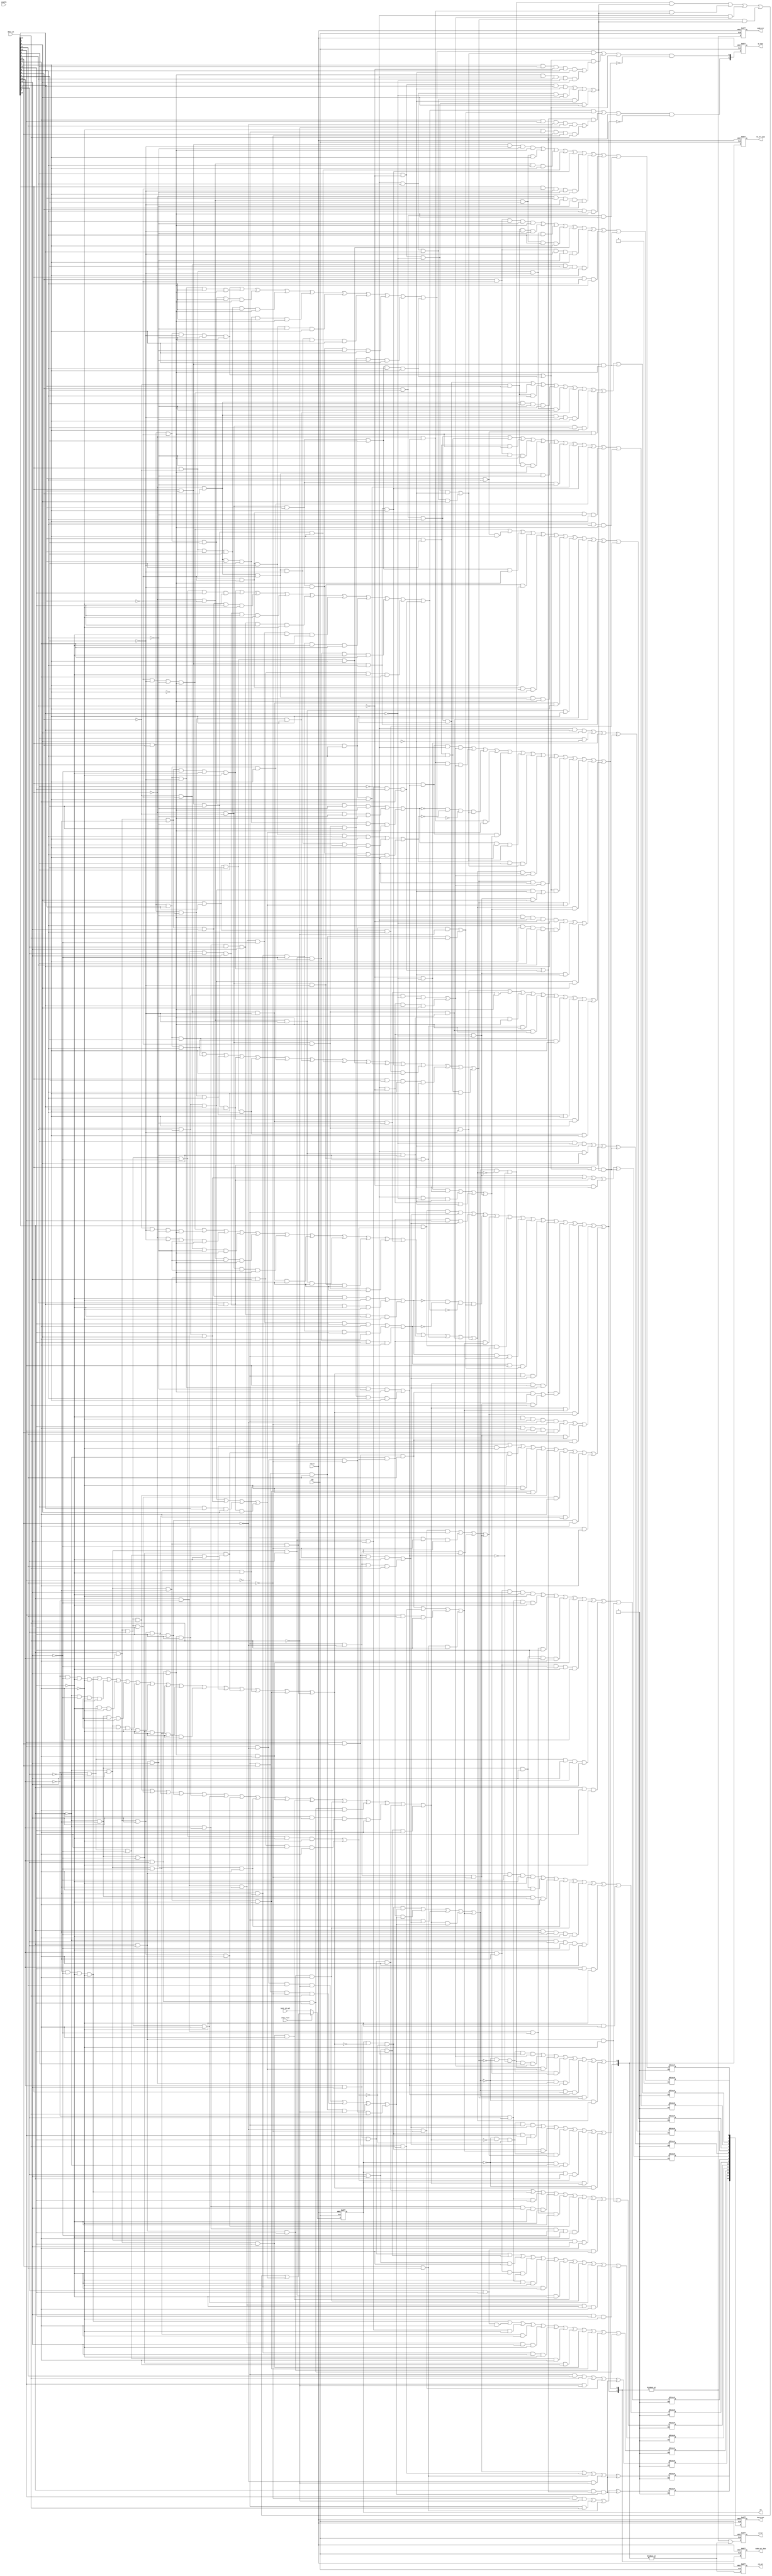
////////////////////////////////////////////////////////////////////////////////
//
//       This confidential and proprietary software may be used only
//     as authorized by a licensing agreement from Synopsys Inc.
//     In the event of publication, the following notice is applicable:
//
//                    (C) COPYRIGHT 1999 - 2012 SYNOPSYS INC.
//                           ALL RIGHTS RESERVED
//
//       The entire notice above must be reproduced on all authorized
//     copies.
//
//
// VERSION:   Verilog Synthesis Architecture
//
// DesignWare_version: 9ae6d00f
// DesignWare_release: G-2012.06-DWBB_201206.1
//
////////////////////////////////////////////////////////////////////////////////
////////////////////////////////////////////////////////////////////////////////
//
// ABSTRACT: 8b/10b Decoder
//
//              Parameters:     Valid Values
//              ==========      ============
//              bytes   	[ 1 to 16 ]
//              k28_5_only      [ 0 to 1 ] (0 = all 12 special characters decoded
//				            1 = K28.5 available only (other special characters are flagged as errors))
//              en_mode       	[ 0 to 1 ] (0 = enable input is disconnected (stalls registers)
//				            1 = enable input is connected (processes inputs based on state of enable input))
//              init_mode  	[ 0 to 1 ] (0 = init_rd_val input is registered before being applied to data in
//				            1 = init_rd_val input is not registered before being applied to data in)
//              rst_mode        [ 0 to 1 ] (0 = asynchronous reset
//                                          1 = synchronous reset)
//              op_iso_mode     [ 0 to 4 ] (0 = Follow intent defined by Power Compiler user setting
//                                          1 = no operand isolation
//                                          2 = 'and' gate isolaton
//                                          3 = 'or' gate isolation
//                                          4 = preferred isolation style: 'and' gate)
//
//              Input Ports:    Size    Description
//              ===========     ====    ===========
//	        clk 	        1 bit   Input Clock
//	        rst_n 	        1 bit   Active Low Asynchronous Reset
//	        init_rd_n       1 bit	Active Low Running Disparity initialization control
//	        init_rd_val     1 bit   Running Disparity initial value applied when init_rd_n active
//	        data_in 	T bits  Input data bus (ten bits per byte)
//	        enable	        1 bit   Active High Enable to process data_in
//
//              Output Ports    Size    Description
//              ============    ====    ===========
//	        error           1 bit 	Active High Error Flag
//	        rd 		1 bit   Current Running Disparity state
//	        k_char 	        B bits  Active High Special character status bus (one status bit per data byte)
//	        data_out 	E bits  Decoded output data bus (eight bits per byte)
//	        rd_err 	        1 bit   Active High Running Disparity Error Flag
//	        code_err 	1 bit   Active High Code violation error Flag
//	        rd_err_bus      B bits  Byte Specific Running Disparity Error Bus
//	        code_err_bus 	B bits  Byte Specific Code violation error Bus
//
//
// MODIFICATIONS:
//	8/23/04	RJK
//	Corrected interpretation of coding versus RD error
//	in separate output flags (code_err vs. rd_err)
//	STAR #9000024623
//
//	8/18/04 Doug Lee
//	Enhancement : Added init_mode paramter
//
//	8/1/05 RJK
//	Enhancement : Added byte-specific RD and code
//      error output ports (rd_err_bus & code_err_bus)
//
//	11/18/05 RJK
//	Corrected improper propagation of disparity errors
//	STAR 9000092772
//
//      2/19/08  DLL
//      Added copyright banner and 'op_iso_mode' parameter
//      to following 'lpwr' architecture.
//
//      5/19/08   RJK
//      Updated coding to eliminate 'missing signal in
//      sensitivity list` warnings
//
//      10/6/08  RJK
//      Added rst_mode parameter to select reset type
//      (STAR 9000270234)
//
//	7/6/11 RJK
//	Updates for Leda message elimination
//
//	9/22/11 DLL
//	Changed position of "k_char" in the port ordering.
//      This addresses STAR#9000493562.
//
////////////////////////////////////////////////////////////////////////////////

  module DW_8b10b_dec(
	    clk,
	    rst_n,
	    init_rd_n,
	    init_rd_val,
	    data_in,

	    error,
	    rd,
	    k_char,
	    data_out,
	    rd_err,
	    code_err,

	    enable,

	    rd_err_bus,
	    code_err_bus
	    );


    parameter bytes = 2;	// number of bytes decode per clock cycle

    parameter k28_5_only = 0;	// special character control mode

    parameter en_mode = 0;	// enable mode

    parameter init_mode = 0;	// initialization mode
    parameter rst_mode = 0;	// reset mode


    parameter op_iso_mode = 0;  // operand isolation mode

input			clk;		// clock input
input			rst_n;		// active low reset
input			init_rd_n;	// active low running disp. force control
input			init_rd_val;	// running disp. value to be forced
input  [bytes*10-1:0]	data_in;	// data to be decoded (10 bits per byte)
output			error;		// "any error" status flag
output			rd;		// current running disparity state
output [bytes-1:0]	k_char;		// special character decode status bus
output [bytes*8-1:0]	data_out;	// decoded output data (8 bits per byte)
output			rd_err;		// running displarity error status flag
output			code_err;	// code violation error status flag
input			enable;		// register enabl input (NC when en_mode = 0)
output [bytes-1:0]	rd_err_bus;	// byte specific running disparity error flag bus
output [bytes-1:0]	code_err_bus;	// byte specific code error flag bus

reg [bytes*8-1:0] data_out_int_a;
reg [bytes-1:0] k_char_int_a;
reg error_int_a, rd_int_a;
reg rd_err_int_a, code_err_int_a;
reg [bytes-1:0] rd_err_bus_int_a, code_err_bus_int_a;
reg [bytes*8-1:0] data_out_int_s;
reg [bytes-1:0] k_char_int_s;
reg error_int_s, rd_int_s;
reg rd_err_int_s, code_err_int_s;
reg [bytes-1:0] rd_err_bus_int_s, code_err_bus_int_s;
wire [bytes*8-1:0] data_out_int;
wire [bytes-1:0] k_char_int;
wire error_int, rd_int;
wire rd_err_int, code_err_int;
wire [bytes-1:0] rd_err_bus_int, code_err_bus_int;

localparam [1:0] k28_5_only_set = k28_5_only;

reg  [bytes*8-1:0] data_out_int_din;
reg  [bytes-1:0] error_code, k_char_int_din, error_rd;
reg  rd_carry;
wire error_int_din, rd_int_din;
wire rd_err_int_din, code_err_int_din;
wire enable_int;
wire rd_int_selected;



generate
  if (en_mode == 0) begin :	GEN_em_eq_0
    assign enable_int = 1'b1;
  end else begin :		GEN_em_ne_0
    assign enable_int = enable;
  end
endgenerate

generate
  if (init_mode == 0) begin :	GEN_im_eq_0
    assign rd_int_selected = rd_int;
    assign rd_int_din = (init_rd_n == 1'b1)? rd_carry : init_rd_val;
  end else begin :		GEN_im_ne_0
    assign rd_int_selected = (init_rd_n == 1'b0)? init_rd_val : rd_int;
    assign rd_int_din = rd_carry;
  end
endgenerate


    assign data_out = data_out_int;
    assign k_char   = k_char_int;
    assign rd       = rd_int;
    assign error    = error_int;
    assign rd_err   = rd_err_int;
    assign code_err = code_err_int;
    assign rd_err_bus   = rd_err_bus_int;
    assign code_err_bus = code_err_bus_int;

    assign data_out_int = (rst_mode==0)? data_out_int_a : data_out_int_s;
    assign k_char_int   = (rst_mode==0)? k_char_int_a : k_char_int_s;
    assign rd_int       = (rst_mode==0)? rd_int_a : rd_int_s;
    assign error_int    = (rst_mode==0)? error_int_a : error_int_s;
    assign rd_err_int   = (rst_mode==0)? rd_err_int_a : rd_err_int_s;
    assign code_err_int = (rst_mode==0)? code_err_int_a : code_err_int_s;
    assign rd_err_bus_int   = (rst_mode==0)? rd_err_bus_int_a : rd_err_bus_int_s;
    assign code_err_bus_int = (rst_mode==0)? code_err_bus_int_a : code_err_bus_int_s;


    always @ (data_in or rd_int_selected) begin : PROC_decode
	integer byte_id, in_bit_base, out_bit_base, pre_bit_base;
	reg  [bytes-1:0] pt_1, pt_2, pt_3, pt_4, pt_5, pt_6, pt_7, pt_8, pt_9;
	reg  [bytes-1:0] pt_10, pt_11, pt_12, pt_13, pt_14, pt_15, pt_16, pt_17, pt_18, pt_19;
	reg  [bytes-1:0] pt_20, pt_21, pt_22, pt_23, pt_24, pt_25, pt_26, pt_27, pt_28, pt_29;
	reg  [bytes-1:0] pt_30, pt_31, pt_32, pt_33, pt_34, pt_35, pt_36, pt_37, pt_38, pt_39;
	reg  [bytes-1:0] pt_40, pt_41, pt_42, pt_43, pt_44, pt_45, pt_46, pt_47, pt_48, pt_49;
	reg  [bytes-1:0] pt_50, pt_51, pt_52, pt_53, pt_54, pt_55, pt_56, pt_57, pt_58, pt_59;
	reg  [bytes-1:0] pt_60, pt_61, pt_62, pt_63, pt_64, pt_65, pt_66, pt_67, pt_68, pt_69;
	reg  [bytes-1:0] pt_70, pt_71, pt_72, pt_73, pt_74, pt_75, pt_76, pt_77, pt_78, pt_79;
	reg  [bytes-1:0] pt_80, pt_81, pt_82, pt_83, pt_84, pt_85, pt_86, pt_87, pt_88, pt_89;
	reg  [bytes-1:0] pt_90, pt_91, pt_92, pt_93, pt_94, pt_95, pt_96, pt_97, pt_98, pt_99;
	reg  [bytes-1:0] pt_100, pt_101, pt_102, pt_103, pt_104, pt_105, pt_106, pt_107, pt_108, pt_109;
	reg  [bytes-1:0] pt_110, pt_111, pt_112, pt_113, pt_114, pt_115, pt_116, pt_117, pt_118, pt_119;
	reg  [bytes-1:0] pt_120, pt_121, pt_122, pt_123, pt_124, pt_125, pt_126, pt_127, pt_128, pt_129;
	reg  [bytes-1:0] pt_130, pt_131, pt_132, pt_133, pt_134, pt_135, pt_136, pt_137, pt_138, pt_139;
	reg  [bytes-1:0] pt_140, pt_141, pt_142, pt_143, pt_144, pt_145, pt_146, pt_147, pt_148, pt_149;
	reg  [bytes-1:0] pt_150, pt_151, pt_152, pt_153, pt_154, pt_155, pt_156, pt_157, pt_158, pt_159;
	reg  [bytes-1:0] pt_160, pt_161, pt_162;
	reg  [bytes*3-1:0] datpreout;
	reg  [bytes-1:0] alw_kx_7, d111314, d171820;
	reg  [bytes-1:0] dx_7, error_hi, error_lo, invert_567, invrt_if_k28;
	reg  [bytes-1:0] k28_x, kx_5, kx_7, lo_f_bal_hi, lo_f_bal_lo;
	reg  [bytes-1:0] unbal_hi_0, unbal_hi_1, unbal_lo_0, unbal_lo_1;
	reg  [bytes:0] rd_thread;

	rd_thread[0] = rd_int_selected;

	for (byte_id=0; byte_id < bytes ; byte_id=byte_id+1) begin
	    in_bit_base = (10*(bytes-1-byte_id));
	    pre_bit_base = (3*(bytes-1-byte_id));
	    out_bit_base = (8*(bytes-1-byte_id));




	
	    pt_1[byte_id] = ( ~data_in[in_bit_base+3] & data_in[in_bit_base+1] & data_in[in_bit_base+0]);
	    pt_2[byte_id] = ( data_in[in_bit_base+3] & ~data_in[in_bit_base+0]);
	    pt_3[byte_id] = ( ~data_in[in_bit_base+2] & ~data_in[in_bit_base+1]);
	    pt_4[byte_id] = ( data_in[in_bit_base+3] & ~data_in[in_bit_base+1] & ~data_in[in_bit_base+0]);
	    pt_5[byte_id] = ( ~data_in[in_bit_base+3] & data_in[in_bit_base+0]);
	    pt_6[byte_id] = ( data_in[in_bit_base+2] & data_in[in_bit_base+1]);
	    pt_7[byte_id] = ( ~data_in[in_bit_base+3] & ~data_in[in_bit_base+2] & ~data_in[in_bit_base+1]);
	    pt_8[byte_id] = ( data_in[in_bit_base+3] & data_in[in_bit_base+2] & data_in[in_bit_base+0]);
	    pt_9[byte_id] = ( ~data_in[in_bit_base+2] & ~data_in[in_bit_base+0]);
	    pt_10[byte_id] = ( ~data_in[in_bit_base+2] & ~data_in[in_bit_base+1] & ~data_in[in_bit_base+0]);
	    pt_11[byte_id] = ( ~data_in[in_bit_base+3] & ~data_in[in_bit_base+1] & ~data_in[in_bit_base+0]);
	    pt_12[byte_id] = ( ~data_in[in_bit_base+3] & ~data_in[in_bit_base+2] & ~data_in[in_bit_base+0]);
	    pt_13[byte_id] = ( data_in[in_bit_base+3] & data_in[in_bit_base+2] & data_in[in_bit_base+1]);
	    pt_14[byte_id] = ( data_in[in_bit_base+3] & data_in[in_bit_base+1] & data_in[in_bit_base+0]);
	    pt_15[byte_id] = ( data_in[in_bit_base+2] & data_in[in_bit_base+1] & data_in[in_bit_base+0]);
	    pt_16[byte_id] = ( data_in[in_bit_base+3] & data_in[in_bit_base+2] & ~data_in[in_bit_base+1] & ~data_in[in_bit_base+0]);
	    pt_17[byte_id] = ( ~data_in[in_bit_base+3] & ~data_in[in_bit_base+2] & data_in[in_bit_base+1] & data_in[in_bit_base+0]);
	    pt_18[byte_id] = ( data_in[in_bit_base+3] & ~data_in[in_bit_base+2] & data_in[in_bit_base+1] & ~data_in[in_bit_base+0]);
	    pt_19[byte_id] = ( ~data_in[in_bit_base+3] & data_in[in_bit_base+2] & ~data_in[in_bit_base+1] & data_in[in_bit_base+0]);
	    pt_20[byte_id] = ( ~data_in[in_bit_base+3] & data_in[in_bit_base+2] & data_in[in_bit_base+1] & ~data_in[in_bit_base+0]);
	    pt_21[byte_id] = ( data_in[in_bit_base+3] & ~data_in[in_bit_base+2] & ~data_in[in_bit_base+1] & data_in[in_bit_base+0]);
	    pt_22[byte_id] = ( data_in[in_bit_base+4] & data_in[in_bit_base+3] & ~data_in[in_bit_base+2] & data_in[in_bit_base+1] & ~data_in[in_bit_base+0]);
	    pt_23[byte_id] = ( ~data_in[in_bit_base+4] & ~data_in[in_bit_base+3] & data_in[in_bit_base+2] & ~data_in[in_bit_base+1] & data_in[in_bit_base+0]);
	    pt_24[byte_id] = ( data_in[in_bit_base+3] & ~data_in[in_bit_base+2] & ~data_in[in_bit_base+1] & ~data_in[in_bit_base+0]);
	    pt_25[byte_id] = ( ~data_in[in_bit_base+3] & data_in[in_bit_base+2] & data_in[in_bit_base+1] & data_in[in_bit_base+0]);
	    pt_26[byte_id] = ( data_in[in_bit_base+3] & data_in[in_bit_base+2] & data_in[in_bit_base+1] & ~data_in[in_bit_base+0]);
	    pt_27[byte_id] = ( ~data_in[in_bit_base+3] & ~data_in[in_bit_base+2] & ~data_in[in_bit_base+1] & data_in[in_bit_base+0]);
	    pt_28[byte_id] = ( ~data_in[in_bit_base+5] & ~data_in[in_bit_base+4] & ~data_in[in_bit_base+3] & ~data_in[in_bit_base+2] & ~data_in[in_bit_base+1]);
	    pt_29[byte_id] = ( data_in[in_bit_base+5] & data_in[in_bit_base+4] & data_in[in_bit_base+3] & data_in[in_bit_base+2] & data_in[in_bit_base+1]);
	    pt_30[byte_id] = ( ~data_in[in_bit_base+3] & ~data_in[in_bit_base+2] & ~data_in[in_bit_base+1] & ~data_in[in_bit_base+0]);
	    pt_31[byte_id] = ( data_in[in_bit_base+3] & data_in[in_bit_base+2] & data_in[in_bit_base+1] & data_in[in_bit_base+0]);


	    datpreout[pre_bit_base+0] = pt_1[byte_id] | pt_2[byte_id] | pt_3[byte_id];

	    datpreout[pre_bit_base+1] = pt_4[byte_id] | pt_5[byte_id] | pt_6[byte_id];

	    datpreout[pre_bit_base+2] = pt_7[byte_id] | pt_8[byte_id] | pt_6[byte_id] | pt_9[byte_id];

	    unbal_lo_0[byte_id] = pt_10[byte_id] | pt_11[byte_id] | pt_12[byte_id] | pt_7[byte_id];

	    unbal_lo_1[byte_id] = pt_13[byte_id] | pt_8[byte_id] | pt_14[byte_id] | pt_15[byte_id];

	    lo_f_bal_lo[byte_id] = pt_16[byte_id] | pt_17[byte_id];

	    invrt_if_k28[byte_id] = pt_18[byte_id] | pt_19[byte_id] | pt_20[byte_id] | pt_21[byte_id];

	    kx_5[byte_id] = pt_22[byte_id] | pt_23[byte_id];

	    kx_7[byte_id] = pt_24[byte_id] | pt_25[byte_id];

	    dx_7[byte_id] = pt_26[byte_id] | pt_27[byte_id];

	    error_lo[byte_id] = pt_28[byte_id] | pt_29[byte_id] | pt_30[byte_id] | pt_31[byte_id];





	    pt_32[byte_id] = ( data_in[in_bit_base+8] & ~data_in[in_bit_base+7] & data_in[in_bit_base+6] & ~data_in[in_bit_base+5] & ~data_in[in_bit_base+4]);
	    pt_33[byte_id] = ( ~data_in[in_bit_base+8] & data_in[in_bit_base+7] & ~data_in[in_bit_base+6] & ~data_in[in_bit_base+5]);
	    pt_34[byte_id] = ( data_in[in_bit_base+9] & ~data_in[in_bit_base+8] & ~data_in[in_bit_base+6] & data_in[in_bit_base+5]);
	    pt_35[byte_id] = ( ~data_in[in_bit_base+9] & ~data_in[in_bit_base+7] & data_in[in_bit_base+6] & data_in[in_bit_base+5] & data_in[in_bit_base+4]);
	    pt_36[byte_id] = ( data_in[in_bit_base+8] & data_in[in_bit_base+7] & data_in[in_bit_base+6] & data_in[in_bit_base+4]);
	    pt_37[byte_id] = ( data_in[in_bit_base+8] & ~data_in[in_bit_base+7] & ~data_in[in_bit_base+6] & ~data_in[in_bit_base+5] & data_in[in_bit_base+4]);
	    pt_38[byte_id] = ( ~data_in[in_bit_base+8] & ~data_in[in_bit_base+7] & data_in[in_bit_base+6] & ~data_in[in_bit_base+5] & data_in[in_bit_base+4]);
	    pt_39[byte_id] = ( data_in[in_bit_base+9] & data_in[in_bit_base+5] & ~data_in[in_bit_base+4]);
	    pt_40[byte_id] = ( data_in[in_bit_base+9] & data_in[in_bit_base+7] & ~data_in[in_bit_base+4]);
	    pt_41[byte_id] = ( data_in[in_bit_base+9] & data_in[in_bit_base+7] & ~data_in[in_bit_base+6] & ~data_in[in_bit_base+5] & ~data_in[in_bit_base+4]);
	    pt_42[byte_id] = ( ~data_in[in_bit_base+9] & ~data_in[in_bit_base+7] & data_in[in_bit_base+6] & data_in[in_bit_base+4]);
	    pt_43[byte_id] = ( ~data_in[in_bit_base+9] & ~data_in[in_bit_base+7] & data_in[in_bit_base+5] & data_in[in_bit_base+4]);
	    pt_44[byte_id] = ( data_in[in_bit_base+9] & data_in[in_bit_base+7] & data_in[in_bit_base+6] & data_in[in_bit_base+4]);
	    pt_45[byte_id] = ( data_in[in_bit_base+9] & data_in[in_bit_base+7] & data_in[in_bit_base+5] & data_in[in_bit_base+4]);
	    pt_46[byte_id] = ( data_in[in_bit_base+9] & ~data_in[in_bit_base+7] & ~data_in[in_bit_base+6] & ~data_in[in_bit_base+5] & data_in[in_bit_base+4]);
	    pt_47[byte_id] = ( ~data_in[in_bit_base+9] & data_in[in_bit_base+7] & ~data_in[in_bit_base+6] & ~data_in[in_bit_base+5] & data_in[in_bit_base+4]);
	    pt_48[byte_id] = ( data_in[in_bit_base+8] & data_in[in_bit_base+5] & ~data_in[in_bit_base+4]);
	    pt_49[byte_id] = ( data_in[in_bit_base+8] & data_in[in_bit_base+6] & ~data_in[in_bit_base+4]);
	    pt_50[byte_id] = ( data_in[in_bit_base+8] & data_in[in_bit_base+6] & data_in[in_bit_base+5] & data_in[in_bit_base+4]);
	    pt_51[byte_id] = ( ~data_in[in_bit_base+7] & ~data_in[in_bit_base+6] & ~data_in[in_bit_base+5] & ~data_in[in_bit_base+4]);
	    pt_52[byte_id] = ( ~data_in[in_bit_base+8] & data_in[in_bit_base+7] & data_in[in_bit_base+5]);
	    pt_53[byte_id] = ( ~data_in[in_bit_base+9] & data_in[in_bit_base+8] & data_in[in_bit_base+6] & ~data_in[in_bit_base+5] & ~data_in[in_bit_base+4]);
	    pt_54[byte_id] = ( data_in[in_bit_base+9] & ~data_in[in_bit_base+8] & ~data_in[in_bit_base+6] & ~data_in[in_bit_base+5]);
	    pt_55[byte_id] = ( data_in[in_bit_base+9] & data_in[in_bit_base+8] & data_in[in_bit_base+6] & data_in[in_bit_base+4]);
	    pt_56[byte_id] = ( ~data_in[in_bit_base+9] & data_in[in_bit_base+8] & ~data_in[in_bit_base+6] & ~data_in[in_bit_base+5] & data_in[in_bit_base+4]);
	    pt_57[byte_id] = ( ~data_in[in_bit_base+9] & ~data_in[in_bit_base+8] & data_in[in_bit_base+6] & data_in[in_bit_base+4]);
	    pt_58[byte_id] = ( data_in[in_bit_base+7] & data_in[in_bit_base+5] & ~data_in[in_bit_base+4]);
	    pt_59[byte_id] = ( data_in[in_bit_base+8] & data_in[in_bit_base+6] & data_in[in_bit_base+5]);
	    pt_60[byte_id] = ( data_in[in_bit_base+7] & data_in[in_bit_base+6] & data_in[in_bit_base+5]);
	    pt_61[byte_id] = ( data_in[in_bit_base+7] & data_in[in_bit_base+6] & ~data_in[in_bit_base+4]);
	    pt_62[byte_id] = ( data_in[in_bit_base+8] & ~data_in[in_bit_base+7] & ~data_in[in_bit_base+5] & ~data_in[in_bit_base+4]);
	    pt_63[byte_id] = ( ~data_in[in_bit_base+8] & data_in[in_bit_base+7] & ~data_in[in_bit_base+5] & ~data_in[in_bit_base+4]);
	    pt_64[byte_id] = ( ~data_in[in_bit_base+9] & data_in[in_bit_base+8] & ~data_in[in_bit_base+7] & ~data_in[in_bit_base+5]);
	    pt_65[byte_id] = ( ~data_in[in_bit_base+9] & ~data_in[in_bit_base+8] & data_in[in_bit_base+7] & ~data_in[in_bit_base+5]);
	    pt_66[byte_id] = ( data_in[in_bit_base+9] & data_in[in_bit_base+8] & data_in[in_bit_base+5] & data_in[in_bit_base+4]);
	    pt_67[byte_id] = ( data_in[in_bit_base+9] & data_in[in_bit_base+8] & data_in[in_bit_base+7] & data_in[in_bit_base+4]);
	    pt_68[byte_id] = ( data_in[in_bit_base+9] & ~data_in[in_bit_base+8] & ~data_in[in_bit_base+7] & ~data_in[in_bit_base+5] & data_in[in_bit_base+4]);
	    pt_69[byte_id] = ( data_in[in_bit_base+6] & data_in[in_bit_base+5] & ~data_in[in_bit_base+4]);
	    pt_70[byte_id] = ( data_in[in_bit_base+7] & data_in[in_bit_base+5] & data_in[in_bit_base+4]);
	    pt_71[byte_id] = ( ~data_in[in_bit_base+9] & ~data_in[in_bit_base+8] & data_in[in_bit_base+7] & data_in[in_bit_base+6] & ~data_in[in_bit_base+4]);
	    pt_72[byte_id] = ( ~data_in[in_bit_base+9] & ~data_in[in_bit_base+8] & ~data_in[in_bit_base+6] & data_in[in_bit_base+4]);
	    pt_73[byte_id] = ( data_in[in_bit_base+9] & ~data_in[in_bit_base+8] & ~data_in[in_bit_base+7] & data_in[in_bit_base+6] & ~data_in[in_bit_base+4]);
	    pt_74[byte_id] = ( ~data_in[in_bit_base+9] & data_in[in_bit_base+8] & ~data_in[in_bit_base+7] & data_in[in_bit_base+6] & ~data_in[in_bit_base+4]);
	    pt_75[byte_id] = ( ~data_in[in_bit_base+8] & ~data_in[in_bit_base+7] & ~data_in[in_bit_base+6] & data_in[in_bit_base+4]);
	    pt_76[byte_id] = ( ~data_in[in_bit_base+9] & ~data_in[in_bit_base+7] & ~data_in[in_bit_base+6] & data_in[in_bit_base+4]);
	    pt_77[byte_id] = ( data_in[in_bit_base+9] & data_in[in_bit_base+8] & data_in[in_bit_base+5]);
	    pt_78[byte_id] = ( ~data_in[in_bit_base+9] & ~data_in[in_bit_base+8] & ~data_in[in_bit_base+7] & ~data_in[in_bit_base+5]);
	    pt_79[byte_id] = ( data_in[in_bit_base+9] & data_in[in_bit_base+7] & data_in[in_bit_base+5]);
	    pt_80[byte_id] = ( data_in[in_bit_base+8] & data_in[in_bit_base+7] & data_in[in_bit_base+5]);
	    pt_81[byte_id] = ( ~data_in[in_bit_base+8] & ~data_in[in_bit_base+6] & ~data_in[in_bit_base+5] & ~data_in[in_bit_base+4]);
	    pt_82[byte_id] = ( ~data_in[in_bit_base+9] & ~data_in[in_bit_base+6] & ~data_in[in_bit_base+5] & ~data_in[in_bit_base+4]);
	    pt_83[byte_id] = ( ~data_in[in_bit_base+8] & ~data_in[in_bit_base+7] & ~data_in[in_bit_base+5] & ~data_in[in_bit_base+4]);
	    pt_84[byte_id] = ( ~data_in[in_bit_base+9] & ~data_in[in_bit_base+7] & ~data_in[in_bit_base+5] & ~data_in[in_bit_base+4]);
	    pt_85[byte_id] = ( ~data_in[in_bit_base+9] & ~data_in[in_bit_base+8] & ~data_in[in_bit_base+5] & ~data_in[in_bit_base+4]);
	    pt_86[byte_id] = ( ~data_in[in_bit_base+8] & ~data_in[in_bit_base+7] & ~data_in[in_bit_base+6] & ~data_in[in_bit_base+4]);
	    pt_87[byte_id] = ( ~data_in[in_bit_base+9] & ~data_in[in_bit_base+7] & ~data_in[in_bit_base+6] & ~data_in[in_bit_base+4]);
	    pt_88[byte_id] = ( ~data_in[in_bit_base+9] & ~data_in[in_bit_base+8] & ~data_in[in_bit_base+6] & ~data_in[in_bit_base+4]);
	    pt_89[byte_id] = ( ~data_in[in_bit_base+9] & ~data_in[in_bit_base+8] & ~data_in[in_bit_base+7] & ~data_in[in_bit_base+4]);
	    pt_90[byte_id] = ( ~data_in[in_bit_base+8] & ~data_in[in_bit_base+7] & ~data_in[in_bit_base+6] & ~data_in[in_bit_base+5]);
	    pt_91[byte_id] = ( ~data_in[in_bit_base+9] & ~data_in[in_bit_base+7] & ~data_in[in_bit_base+6] & ~data_in[in_bit_base+5]);
	    pt_92[byte_id] = ( ~data_in[in_bit_base+9] & ~data_in[in_bit_base+8] & ~data_in[in_bit_base+6] & ~data_in[in_bit_base+5]);
	    pt_93[byte_id] = ( ~data_in[in_bit_base+9] & ~data_in[in_bit_base+8] & ~data_in[in_bit_base+7] & ~data_in[in_bit_base+6]);
	    pt_94[byte_id] = ( data_in[in_bit_base+9] & data_in[in_bit_base+8] & data_in[in_bit_base+7] & data_in[in_bit_base+6]);
	    pt_95[byte_id] = ( data_in[in_bit_base+9] & data_in[in_bit_base+8] & data_in[in_bit_base+7] & data_in[in_bit_base+5]);
	    pt_96[byte_id] = ( data_in[in_bit_base+9] & data_in[in_bit_base+8] & data_in[in_bit_base+6] & data_in[in_bit_base+5]);
	    pt_97[byte_id] = ( data_in[in_bit_base+9] & data_in[in_bit_base+7] & data_in[in_bit_base+6] & data_in[in_bit_base+5]);
	    pt_98[byte_id] = ( data_in[in_bit_base+8] & data_in[in_bit_base+7] & data_in[in_bit_base+6] & data_in[in_bit_base+5]);
	    pt_99[byte_id] = ( data_in[in_bit_base+8] & data_in[in_bit_base+7] & data_in[in_bit_base+5] & data_in[in_bit_base+4]);
	    pt_100[byte_id] = ( data_in[in_bit_base+9] & data_in[in_bit_base+6] & data_in[in_bit_base+5] & data_in[in_bit_base+4]);
	    pt_101[byte_id] = ( data_in[in_bit_base+7] & data_in[in_bit_base+6] & data_in[in_bit_base+5] & data_in[in_bit_base+4]);
	    pt_102[byte_id] = ( data_in[in_bit_base+9] & data_in[in_bit_base+8] & data_in[in_bit_base+7] & ~data_in[in_bit_base+6] & ~data_in[in_bit_base+5] & ~data_in[in_bit_base+4]);
	    pt_103[byte_id] = ( ~data_in[in_bit_base+9] & ~data_in[in_bit_base+8] & ~data_in[in_bit_base+7] & data_in[in_bit_base+6] & data_in[in_bit_base+5] & data_in[in_bit_base+4]);
	    pt_104[byte_id] = ( data_in[in_bit_base+9] & data_in[in_bit_base+8] & ~data_in[in_bit_base+7] & ~data_in[in_bit_base+6] & ~data_in[in_bit_base+5] & ~data_in[in_bit_base+4]);
	    pt_105[byte_id] = ( ~data_in[in_bit_base+9] & ~data_in[in_bit_base+8] & data_in[in_bit_base+7] & data_in[in_bit_base+6] & data_in[in_bit_base+5] & data_in[in_bit_base+4]);
	    pt_106[byte_id] = ( ~data_in[in_bit_base+8] & ~data_in[in_bit_base+7] & ~data_in[in_bit_base+6] & ~data_in[in_bit_base+5] & ~data_in[in_bit_base+4]);
	    pt_107[byte_id] = ( ~data_in[in_bit_base+9] & ~data_in[in_bit_base+7] & ~data_in[in_bit_base+6] & ~data_in[in_bit_base+5] & ~data_in[in_bit_base+4]);
	    pt_108[byte_id] = ( ~data_in[in_bit_base+9] & ~data_in[in_bit_base+8] & ~data_in[in_bit_base+6] & ~data_in[in_bit_base+5] & ~data_in[in_bit_base+4]);
	    pt_109[byte_id] = ( ~data_in[in_bit_base+9] & ~data_in[in_bit_base+8] & ~data_in[in_bit_base+7] & ~data_in[in_bit_base+5] & ~data_in[in_bit_base+4]);
	    pt_110[byte_id] = ( data_in[in_bit_base+9] & data_in[in_bit_base+8] & data_in[in_bit_base+7] & data_in[in_bit_base+5] & data_in[in_bit_base+4]);
	    pt_111[byte_id] = ( data_in[in_bit_base+9] & data_in[in_bit_base+8] & data_in[in_bit_base+6] & data_in[in_bit_base+5] & data_in[in_bit_base+4]);
	    pt_112[byte_id] = ( data_in[in_bit_base+9] & data_in[in_bit_base+7] & data_in[in_bit_base+6] & data_in[in_bit_base+5] & data_in[in_bit_base+4]);
	    pt_113[byte_id] = ( data_in[in_bit_base+8] & data_in[in_bit_base+7] & data_in[in_bit_base+6] & data_in[in_bit_base+5] & data_in[in_bit_base+4]);
	    pt_114[byte_id] = ( data_in[in_bit_base+9] & data_in[in_bit_base+8] & ~data_in[in_bit_base+7] & data_in[in_bit_base+6] & ~data_in[in_bit_base+5] & ~data_in[in_bit_base+4]);
	    pt_115[byte_id] = ( data_in[in_bit_base+9] & ~data_in[in_bit_base+8] & data_in[in_bit_base+7] & data_in[in_bit_base+6] & ~data_in[in_bit_base+5] & ~data_in[in_bit_base+4]);
	    pt_116[byte_id] = ( ~data_in[in_bit_base+9] & data_in[in_bit_base+8] & data_in[in_bit_base+7] & data_in[in_bit_base+6] & ~data_in[in_bit_base+5] & ~data_in[in_bit_base+4]);
	    pt_117[byte_id] = ( data_in[in_bit_base+9] & ~data_in[in_bit_base+8] & ~data_in[in_bit_base+7] & ~data_in[in_bit_base+6] & data_in[in_bit_base+5] & data_in[in_bit_base+4]);
	    pt_118[byte_id] = ( ~data_in[in_bit_base+9] & data_in[in_bit_base+8] & ~data_in[in_bit_base+7] & ~data_in[in_bit_base+6] & data_in[in_bit_base+5] & data_in[in_bit_base+4]);
	    pt_119[byte_id] = ( ~data_in[in_bit_base+9] & ~data_in[in_bit_base+8] & data_in[in_bit_base+7] & ~data_in[in_bit_base+6] & data_in[in_bit_base+5] & data_in[in_bit_base+4]);
	    pt_120[byte_id] = ( data_in[in_bit_base+9] & data_in[in_bit_base+8] & data_in[in_bit_base+7] & ~data_in[in_bit_base+6] & data_in[in_bit_base+5] & ~data_in[in_bit_base+4]);
	    pt_121[byte_id] = ( data_in[in_bit_base+9] & data_in[in_bit_base+8] & ~data_in[in_bit_base+7] & data_in[in_bit_base+6] & data_in[in_bit_base+5] & ~data_in[in_bit_base+4]);
	    pt_122[byte_id] = ( data_in[in_bit_base+9] & ~data_in[in_bit_base+8] & data_in[in_bit_base+7] & data_in[in_bit_base+6] & data_in[in_bit_base+5] & ~data_in[in_bit_base+4]);
	    pt_123[byte_id] = ( ~data_in[in_bit_base+9] & data_in[in_bit_base+8] & data_in[in_bit_base+7] & data_in[in_bit_base+6] & data_in[in_bit_base+5] & ~data_in[in_bit_base+4]);
	    pt_124[byte_id] = ( data_in[in_bit_base+9] & ~data_in[in_bit_base+8] & ~data_in[in_bit_base+7] & ~data_in[in_bit_base+6] & ~data_in[in_bit_base+5] & data_in[in_bit_base+4]);
	    pt_125[byte_id] = ( ~data_in[in_bit_base+9] & data_in[in_bit_base+8] & ~data_in[in_bit_base+7] & ~data_in[in_bit_base+6] & ~data_in[in_bit_base+5] & data_in[in_bit_base+4]);
	    pt_126[byte_id] = ( ~data_in[in_bit_base+9] & ~data_in[in_bit_base+8] & data_in[in_bit_base+7] & ~data_in[in_bit_base+6] & ~data_in[in_bit_base+5] & data_in[in_bit_base+4]);
	    pt_127[byte_id] = ( ~data_in[in_bit_base+9] & ~data_in[in_bit_base+8] & ~data_in[in_bit_base+7] & data_in[in_bit_base+6] & ~data_in[in_bit_base+5] & data_in[in_bit_base+4]);


	    data_out_int_din[out_bit_base+0] = pt_32[byte_id] | pt_33[byte_id] | pt_34[byte_id] | pt_35[byte_id] |
			pt_36[byte_id] | pt_37[byte_id] | pt_38[byte_id] | pt_39[byte_id] |
			pt_40[byte_id];

	    data_out_int_din[out_bit_base+1] = pt_41[byte_id] | pt_42[byte_id] | pt_43[byte_id] | pt_44[byte_id] |
			pt_45[byte_id] | pt_46[byte_id] | pt_47[byte_id] | pt_48[byte_id] |
			pt_49[byte_id];

	    data_out_int_din[out_bit_base+2] = pt_50[byte_id] | pt_51[byte_id] | pt_52[byte_id] | pt_53[byte_id] |
			pt_54[byte_id] | pt_55[byte_id] | pt_56[byte_id] | pt_57[byte_id] |
			pt_58[byte_id] | pt_40[byte_id];

	    data_out_int_din[out_bit_base+3] = pt_59[byte_id] | pt_60[byte_id] | pt_61[byte_id] | pt_62[byte_id] |
			pt_63[byte_id] | pt_64[byte_id] | pt_65[byte_id] | pt_66[byte_id] |
			pt_45[byte_id] | pt_67[byte_id] | pt_68[byte_id] | pt_69[byte_id];

	    data_out_int_din[out_bit_base+4] = pt_51[byte_id] | pt_70[byte_id] | pt_71[byte_id] | pt_72[byte_id] |
			pt_73[byte_id] | pt_74[byte_id] | pt_75[byte_id] | pt_76[byte_id] |
			pt_77[byte_id] | pt_78[byte_id] | pt_79[byte_id] | pt_80[byte_id];

	    unbal_hi_0[byte_id] = pt_51[byte_id] | pt_81[byte_id] | pt_82[byte_id] | pt_83[byte_id] |
			pt_84[byte_id] | pt_85[byte_id] | pt_86[byte_id] | pt_87[byte_id] |
			pt_88[byte_id] | pt_89[byte_id] | pt_90[byte_id] | pt_91[byte_id] |
			pt_92[byte_id] | pt_78[byte_id] | pt_93[byte_id];

	    unbal_hi_1[byte_id] = pt_94[byte_id] | pt_95[byte_id] | pt_96[byte_id] | pt_97[byte_id] |
			pt_98[byte_id] | pt_67[byte_id] | pt_55[byte_id] | pt_44[byte_id] |
			pt_36[byte_id] | pt_66[byte_id] | pt_45[byte_id] | pt_99[byte_id] |
			pt_100[byte_id] | pt_50[byte_id] | pt_101[byte_id];

	    lo_f_bal_hi[byte_id] = pt_102[byte_id] | pt_103[byte_id];

	    k28_x[byte_id] = pt_104[byte_id] | pt_105[byte_id];

	    error_hi[byte_id] = pt_93[byte_id] | pt_106[byte_id] | pt_107[byte_id] | pt_108[byte_id] |
			pt_109[byte_id] | pt_94[byte_id] | pt_110[byte_id] | pt_111[byte_id] |
			pt_112[byte_id] | pt_113[byte_id];

	    d111314[byte_id] = pt_114[byte_id] | pt_115[byte_id] | pt_116[byte_id];

	    d171820[byte_id] = pt_117[byte_id] | pt_118[byte_id] | pt_119[byte_id];

	    alw_kx_7[byte_id] = pt_104[byte_id] | pt_120[byte_id] | pt_121[byte_id] | pt_122[byte_id] |
			pt_123[byte_id] | pt_124[byte_id] | pt_125[byte_id] | pt_126[byte_id] |
			pt_127[byte_id] | pt_105[byte_id];





	    
	    pt_128[byte_id] = ( rd_thread[byte_id] & ~unbal_hi_0[byte_id] & ~lo_f_bal_hi[byte_id] & invrt_if_k28[byte_id]);
	    pt_129[byte_id] = ( ~data_in[in_bit_base+9] & lo_f_bal_hi[byte_id] & invrt_if_k28[byte_id]);
	    pt_130[byte_id] = ( ~data_in[in_bit_base+3] & lo_f_bal_lo[byte_id]);
	    pt_131[byte_id] = ( unbal_hi_1[byte_id] & invrt_if_k28[byte_id]);
	    pt_132[byte_id] = ( unbal_lo_1[byte_id]);


	    pt_135[byte_id] = ( alw_kx_7[byte_id] & kx_7[byte_id] & ~k28_5_only_set[0]);
	    pt_136[byte_id] = ( k28_x[byte_id] & kx_5[byte_id]);
	    pt_137[byte_id] = ( k28_x[byte_id] & ~k28_5_only_set[0]);
	    pt_138[byte_id] = ( data_in[in_bit_base+9] & lo_f_bal_hi[byte_id] & ~data_in[in_bit_base+3] & lo_f_bal_lo[byte_id]);
	    pt_139[byte_id] = ( ~data_in[in_bit_base+9] & lo_f_bal_hi[byte_id] & data_in[in_bit_base+3] & lo_f_bal_lo[byte_id]);
	    pt_140[byte_id] = ( ~d111314[byte_id] & ~d171820[byte_id] & ~alw_kx_7[byte_id] & kx_7[byte_id]);
	    pt_141[byte_id] = ( alw_kx_7[byte_id] & kx_7[byte_id] & k28_5_only_set[0]);
	    pt_142[byte_id] = ( ~data_in[in_bit_base+9] & lo_f_bal_hi[byte_id] & unbal_lo_1[byte_id]);
	    pt_143[byte_id] = ( data_in[in_bit_base+9] & lo_f_bal_hi[byte_id] & unbal_lo_0[byte_id]);
	    pt_144[byte_id] = ( k28_x[byte_id] & ~kx_5[byte_id] & k28_5_only_set[0]);
	    pt_145[byte_id] = ( d111314[byte_id] & ~data_in[in_bit_base+3] & kx_7[byte_id]);
	    pt_146[byte_id] = ( d171820[byte_id] & data_in[in_bit_base+3] & kx_7[byte_id]);
	    pt_147[byte_id] = ( unbal_hi_0[byte_id] & ~data_in[in_bit_base+3] & lo_f_bal_lo[byte_id]);
	    pt_148[byte_id] = ( unbal_hi_1[byte_id] & data_in[in_bit_base+3] & lo_f_bal_lo[byte_id]);
	    pt_149[byte_id] = ( k28_x[byte_id] & dx_7[byte_id]);
	    pt_150[byte_id] = ( unbal_hi_1[byte_id] & unbal_lo_1[byte_id]);
	    pt_151[byte_id] = ( unbal_hi_0[byte_id] & unbal_lo_0[byte_id]);
	    pt_152[byte_id] = ( error_lo[byte_id]);
	    pt_153[byte_id] = ( error_hi[byte_id]);
	    pt_154[byte_id] = ( ~rd_thread[byte_id] & ~unbal_hi_1[byte_id] & ~lo_f_bal_hi[byte_id] & ~data_in[in_bit_base+3] & lo_f_bal_lo[byte_id]);
	    pt_155[byte_id] = ( rd_thread[byte_id] & ~unbal_hi_0[byte_id] & ~lo_f_bal_hi[byte_id] & data_in[in_bit_base+3] & lo_f_bal_lo[byte_id]);
	    pt_156[byte_id] = ( rd_thread[byte_id] & ~unbal_hi_0[byte_id] & ~lo_f_bal_hi[byte_id] & unbal_lo_1[byte_id]);
	    pt_157[byte_id] = ( ~rd_thread[byte_id] & ~unbal_hi_1[byte_id] & ~lo_f_bal_hi[byte_id] & unbal_lo_0[byte_id]);
	    pt_158[byte_id] = ( ~rd_thread[byte_id] & ~data_in[in_bit_base+9] & lo_f_bal_hi[byte_id]);
	    pt_159[byte_id] = ( rd_thread[byte_id] & data_in[in_bit_base+9] & lo_f_bal_hi[byte_id]);
	    pt_160[byte_id] = ( rd_thread[byte_id] & unbal_hi_1[byte_id]);
	    pt_161[byte_id] = ( ~rd_thread[byte_id] & unbal_hi_0[byte_id]);
	    pt_162[byte_id] = ( data_in[in_bit_base+9] & k28_x[byte_id] & invrt_if_k28[byte_id]);
	


	    rd_thread[byte_id+1] = pt_128[byte_id] | pt_129[byte_id] | pt_130[byte_id] | pt_131[byte_id] | pt_132[byte_id];
	    

	    error_code[bytes-1-byte_id] = pt_138[byte_id] | pt_139[byte_id] | pt_140[byte_id] | pt_141[byte_id] |
				pt_142[byte_id] | pt_143[byte_id] | pt_144[byte_id] | pt_145[byte_id] |
				pt_146[byte_id] | pt_147[byte_id] | pt_148[byte_id] | pt_149[byte_id] |
				pt_150[byte_id] | pt_151[byte_id] | pt_152[byte_id] | pt_153[byte_id];

	    error_rd[bytes-1-byte_id] = pt_154[byte_id] | pt_155[byte_id] | pt_156[byte_id] | pt_157[byte_id] |
				pt_158[byte_id] | pt_159[byte_id] | pt_160[byte_id] | pt_161[byte_id];

	    k_char_int_din[bytes-1-byte_id] = (pt_135[byte_id] | pt_136[byte_id] | pt_137[byte_id]) & ~(
	    			pt_138[byte_id] | pt_139[byte_id] | pt_140[byte_id] | pt_141[byte_id] |
				pt_142[byte_id] | pt_143[byte_id] | pt_144[byte_id] | pt_145[byte_id] |
				pt_146[byte_id] | pt_147[byte_id] | pt_148[byte_id] | pt_149[byte_id] |
				pt_150[byte_id] | pt_151[byte_id] | pt_152[byte_id] | pt_153[byte_id]);

	    invert_567[byte_id] = pt_162[byte_id];



	
	    data_out_int_din[out_bit_base+5] = datpreout[pre_bit_base+0] ^ invert_567[byte_id];

	    data_out_int_din[out_bit_base+6] = datpreout[pre_bit_base+1] ^ invert_567[byte_id];

	    data_out_int_din[out_bit_base+7] = datpreout[pre_bit_base+2] ^ invert_567[byte_id];
	

	    end

	    rd_carry = rd_thread[bytes];

	end



    assign error_int_din = (|error_code) | (|error_rd);

    assign rd_err_int_din = |error_rd;

    assign code_err_int_din = |error_code;


// Async reset
    always @ (posedge clk or negedge rst_n) begin : PROC_mk_registers_a
        if (rst_n == 1'b0) begin
	    data_out_int_a <= 0;
	    error_int_a    <= 0;
	    rd_err_int_a   <= 0;
	    code_err_int_a <= 0;
	    k_char_int_a   <= 0;
	    rd_int_a       <= 0;
	    rd_err_bus_int_a   <= 0;
	    code_err_bus_int_a <= 0;
	end else if (enable_int == 1'b1) begin
	    data_out_int_a <= data_out_int_din;
	    error_int_a    <= error_int_din;
	    rd_err_int_a   <= rd_err_int_din;
	    code_err_int_a <= code_err_int_din;
	    k_char_int_a   <= k_char_int_din;
	    rd_int_a       <= rd_int_din;
	    rd_err_bus_int_a   <= error_rd;
	    code_err_bus_int_a <= error_code;
	end
    end

// Sync reset
    always @ (posedge clk) begin : PROC_mk_registers_s
        if (rst_n == 1'b0) begin
	    data_out_int_s <= 0;
	    error_int_s    <= 0;
	    rd_err_int_s   <= 0;
	    code_err_int_s <= 0;
	    k_char_int_s   <= 0;
	    rd_int_s       <= 0;
	    rd_err_bus_int_s   <= 0;
	    code_err_bus_int_s <= 0;
	end else if (enable_int == 1'b1) begin
	    data_out_int_s <= data_out_int_din;
	    error_int_s    <= error_int_din;
	    rd_err_int_s   <= rd_err_int_din;
	    code_err_int_s <= code_err_int_din;
	    k_char_int_s   <= k_char_int_din;
	    rd_int_s       <= rd_int_din;
	    rd_err_bus_int_s   <= error_rd;
	    code_err_bus_int_s <= error_code;
	end
    end


endmodule